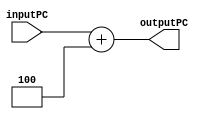
`timescale 1ns / 1ps
//////////////////////////////////////////////////////////////////////////////////
// Company: Pennsylvania State University
// 
// Design Name: 
// Module Name: PC_adder
// Project Name: 
// Target Devices: 
// Tool Versions: 
// Description: 
// 
// Dependencies: 
// 
// Revision:
// Revision 0.01 - File Created
// Additional Comments:
// 
//////////////////////////////////////////////////////////////////////////////////


module PC_adder(inputPC, outputPC);
    
    input [31:0] inputPC;
    output reg [31:0] outputPC;
    
    parameter [31:0] INCREMENT_AMOUNT = 32'd4;
    
    initial
    begin
        outputPC <= 'd100;
    end
         
    always @ (inputPC) 
    begin
        outputPC <= inputPC + INCREMENT_AMOUNT;    
    end
    
endmodule